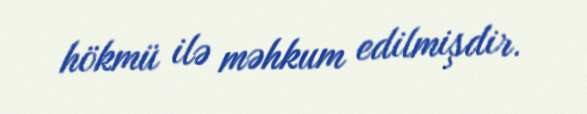
hökmü ilə məhkum edilmişdir.